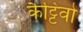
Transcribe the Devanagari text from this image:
कैट्टिवो